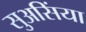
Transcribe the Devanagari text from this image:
सुअसिंया